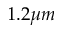
1 . 2 \mu m